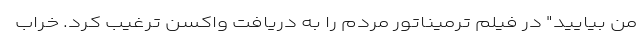
من بیایید" در فیلم ترمیناتور مردم را به دریافت واکسن ترغیب کرد. خراب